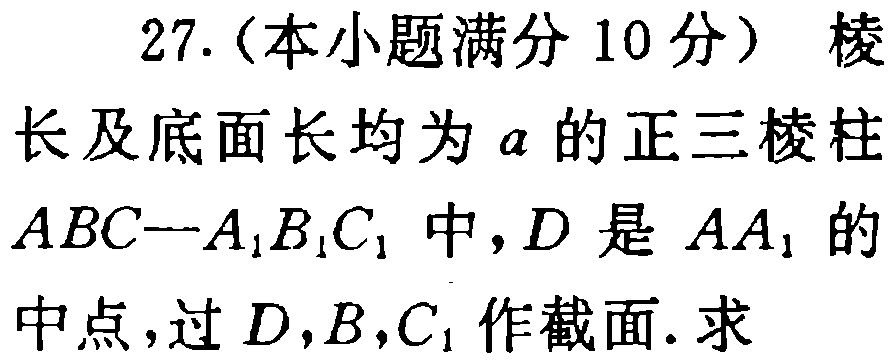
27.（本小题满分10分） 棱长及底面长均为\(a\)的正三棱柱\(ABC—A_{1}B_{1}C_{1}\)中，\(D\)是\(AA_{1}\)的中点，过\(D,B,C_{1}\)作截面. 求